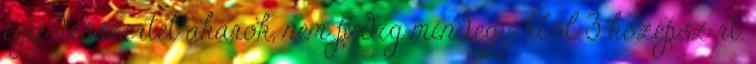
egy desszertet akarok, nem pedig mindegyikből 3 középsz rt.